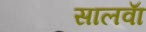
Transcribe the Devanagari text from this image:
सालवाॅ